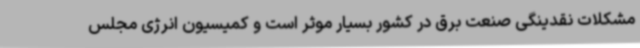
مشکلات نقدینگی صنعت برق در کشور بسیار موثر است و کمیسیون انرژی مجلس